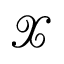
\mathcal X